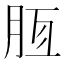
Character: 𣍭